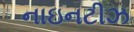
નાઇનટીઝ